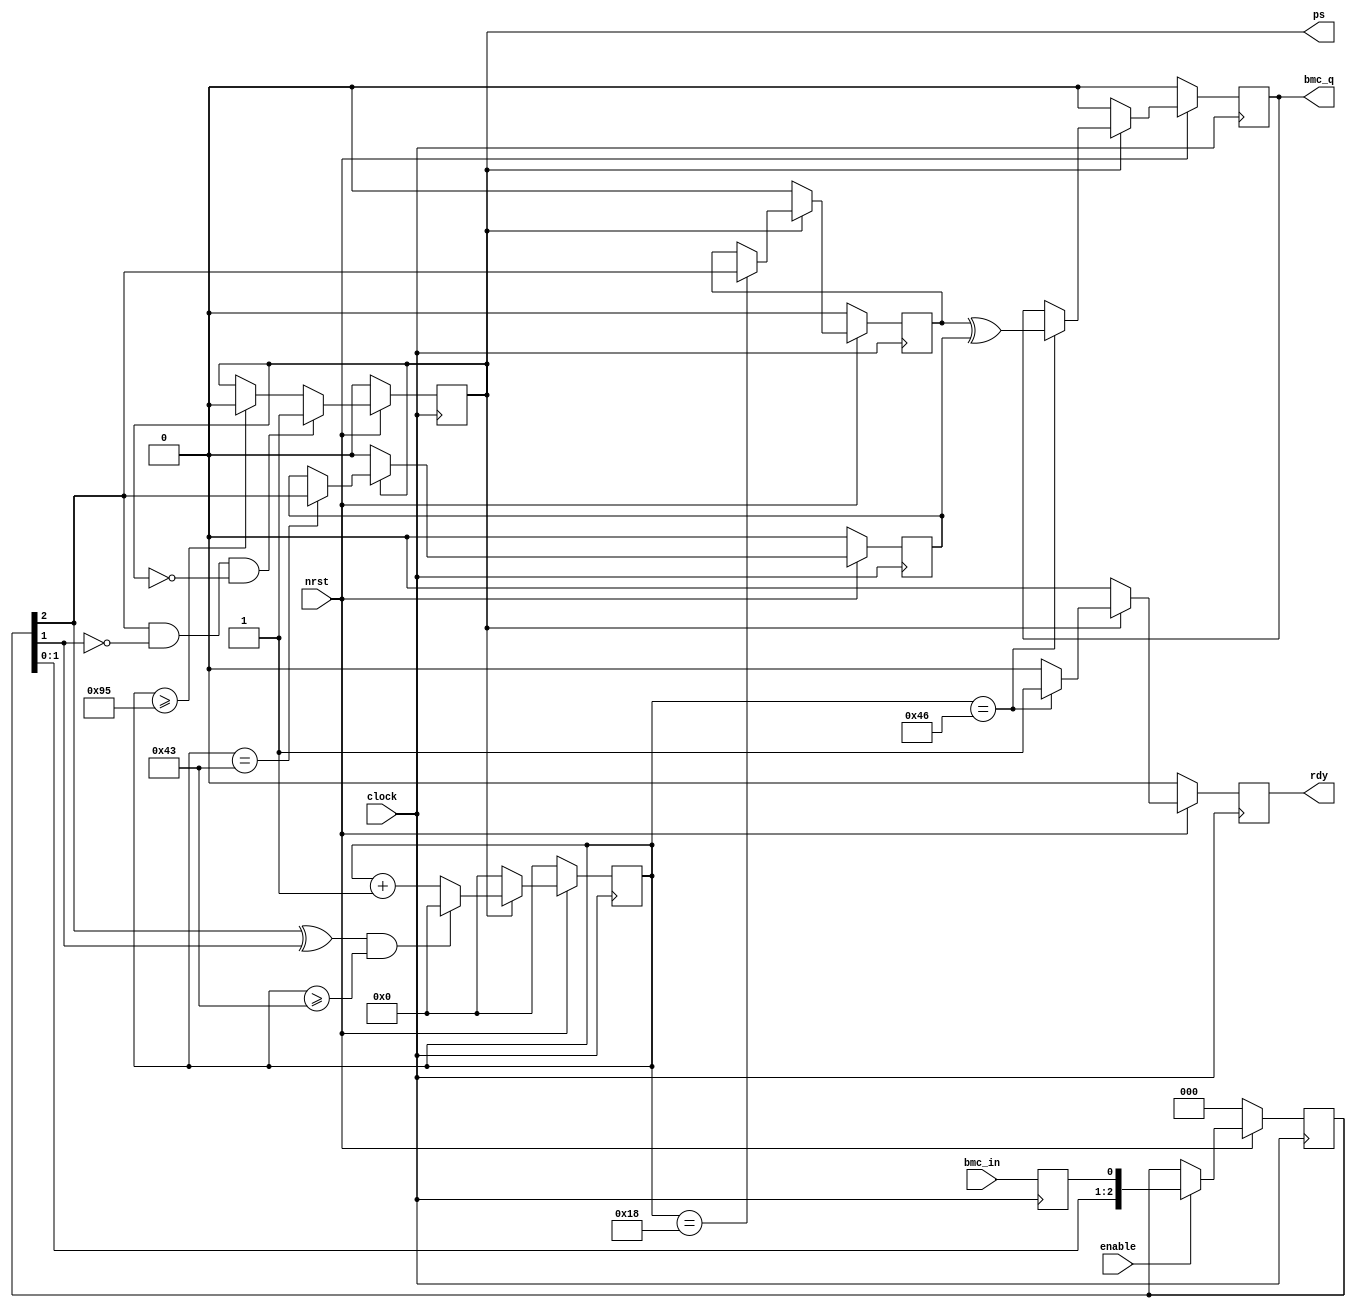
//  ____         _                ____                      
// | __ )  _ __ (_)  __ _  _ __  / ___|  _   _  _ __    ___ 
// |  _ \ | '__|| | / _` || '_ \ \___ \ | | | || '_ \  / _ \
// | |_) || |   | || (_| || | | | ___) || |_| || | | ||  __/
// |____/ |_|   |_| \__,_||_| |_||____/  \__,_||_| |_| \___|
//                                                          
// Programed By: BrianSune
// Contact: briansune@gmail.com
// 


`timescale 1ns/1ps

module bmc_decoder#(
	parameter system_khz = 30000
)(
	
	input	nrst,
	input	clock,
	input	enable,
	
	input	bmc_in,
	output	rdy,
	output	ps,
	output	bmc_q
);
	localparam divider_fac = system_khz / 300;
	localparam	[11 : 0] divider = divider_fac - 1;
	localparam	[11 : 0] pre_trigger = (divider_fac * 2 / 8) - 1;
	localparam	[11 : 0] pos_trigger = (divider_fac * 55 / 80) - 1;
	localparam	[11 : 0] data_latch = (divider_fac * 57 / 80) - 1;
	localparam	[11 : 0] ov_cnt = (divider_fac * 12 / 8) - 1;
	
	reg		[11 : 0]	cken_cnt;
	
	reg					bit_in;
	reg		[2 : 0]		bit_cdc;
	
	reg					packet_start;
	reg					rdy_r;
	
	reg					pre_bit;
	reg					pos_bit;
	reg					bmc_qo;
	
	// ================================================
	// CDC
	// ================================================
	always@(posedge clock)begin
		bit_in <= bmc_in;
	end
	
	always@(posedge clock)begin
		if(!nrst)begin
			bit_cdc <= 2'b00;
		end else if(enable)begin
			bit_cdc <= {bit_cdc[1 : 0], bit_in};
		end
	end
	// ================================================
	
	always@(posedge clock)begin
		if(!nrst)begin
			packet_start <= 1'b0;
		end else begin
			if(bit_cdc[2] & !bit_cdc[1] & !packet_start)
				packet_start <= 1'b1;
			else if(cken_cnt >= ov_cnt)
				packet_start <= 1'b0;
		end
	end
	
	always@(posedge clock)begin
		if(!nrst)begin
			rdy_r <= 1'b0;
		end else if(packet_start)begin
			if(cken_cnt == data_latch)
				rdy_r <= 1'b1;
			else
				rdy_r <= 1'b0;
		end else begin
			rdy_r <= 1'b0;
		end
	end
	
	always@(posedge clock)begin
		if(!nrst)begin
			cken_cnt <= 12'd0;
		end else if(packet_start)begin
			if( (bit_cdc[2] ^ bit_cdc[1]) && cken_cnt >= pos_trigger)begin
				cken_cnt <= 12'd0;
			end else begin
				cken_cnt <= cken_cnt + 12'd1;
			end
		end else begin
			cken_cnt <= 12'd0;
		end
	end
	
	always@(posedge clock)begin
		if(!nrst)begin
			pre_bit <= 1'b0;
			pos_bit <= 1'b0;
		end else if(packet_start)begin
			if(cken_cnt == pre_trigger)
				pre_bit <= bit_cdc[2];
			
			if(cken_cnt == pos_trigger)
				pos_bit <= bit_cdc[2];
		end else begin
			pre_bit <= 1'b0;
			pos_bit <= 1'b0;
		end
	end
	
	always@(posedge clock)begin
		if(!nrst)begin
			bmc_qo <= 1'b0;
		end else if(packet_start)begin
			if(cken_cnt == data_latch)
				bmc_qo <= pre_bit ^ pos_bit;
		end else begin
			bmc_qo <= 1'b0;
		end
	end
	
	assign bmc_q = bmc_qo;
	assign ps = packet_start;
	assign rdy = rdy_r;
	
endmodule